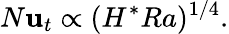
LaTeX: N\mathbf{u}_{t}\propto(H^{*}Ra)^{1/4}.